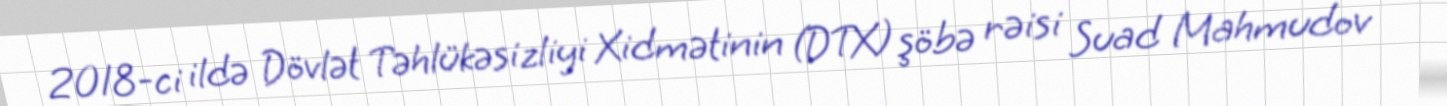
2018-ci ildə Dövlət Təhlükəsizliyi Xidmətinin (DTX) şöbə rəisi Suad Mahmudov